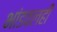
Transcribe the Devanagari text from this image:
भांडवलही